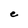
Character: C